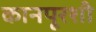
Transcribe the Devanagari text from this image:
कानपूरशी